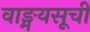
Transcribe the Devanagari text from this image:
वाङ्मयसूची